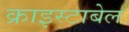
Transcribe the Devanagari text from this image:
क्राइस्टाबेल